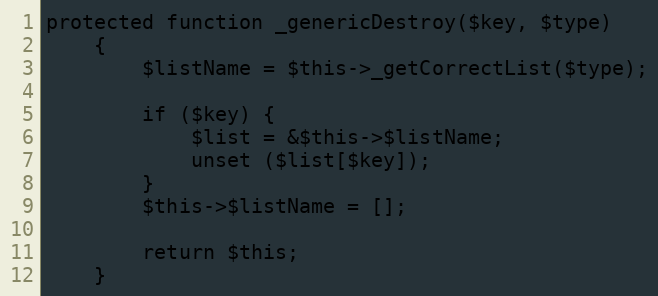
Language: PHP
protected function _genericDestroy($key, $type)
    {
        $listName = $this->_getCorrectList($type);

        if ($key) {
            $list = &$this->$listName;
            unset ($list[$key]);
        }
        $this->$listName = [];

        return $this;
    }